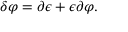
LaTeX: \delta \varphi = \partial \epsilon + \epsilon \partial \varphi .